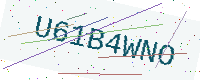
Text: U61B4WNO